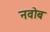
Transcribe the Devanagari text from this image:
नवोब